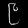
Digit: ၉